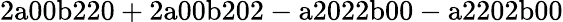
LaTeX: \mathrm{2a00b220+2a00b202-a2022b00-a2202b00}